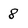
Character: 8